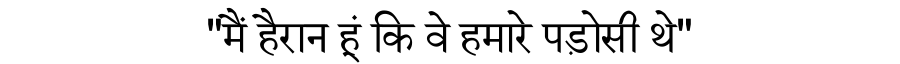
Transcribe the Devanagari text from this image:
"मैं हैरान हूं कि वे हमारे पड़ोसी थे"